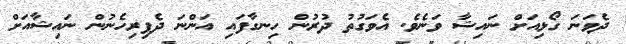
ދެވަނަ ގޯޅިއަށް ނައިޝާ ވަނެވެ. އެވަގުތު ދުރުން ހިނގާފައި އަންނަ ދެފިރިހެނުން ނައިޝާއަށް